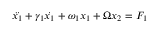
\ddot { x _ { 1 } } + \gamma _ { 1 } \dot { x _ { 1 } } + \omega _ { 1 } x _ { 1 } + \Omega x _ { 2 } = F _ { 1 }